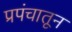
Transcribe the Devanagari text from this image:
प्रपंचातून